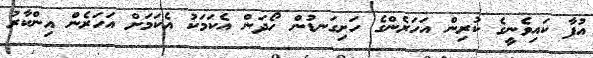
އުފާ ކައިވެނީގެ ކުރިން އަހަރެންގެ ހަށިގަނޑުން ހޯދަން އެކަމަކު އެކަމަށް އަހަރެން އިންކާރު